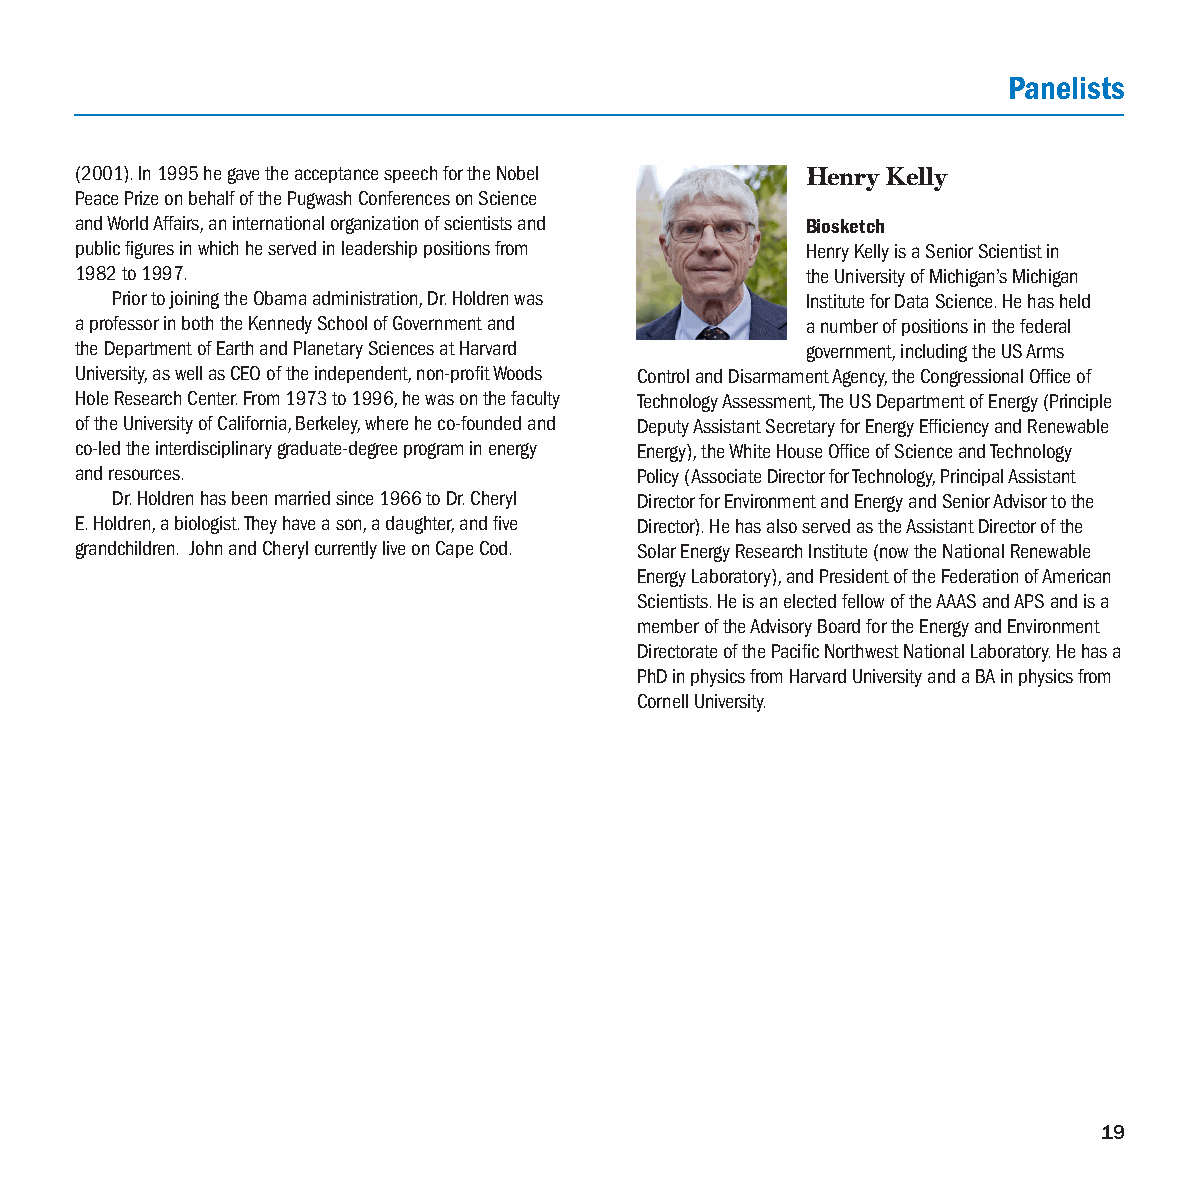
Panelists
 (2001). In 1995 he gave the acceptance speech for the Nobel Henry Kelly
 Peace Prize on behalf of the Pugwash Conferences on Science
 and World Affairs, an international organization of scientists and Biosketch
 public figures in which he served in leadership positions from Henry Kelly is a Senior Scientist in
 1982 to 1997.                                   the University of Michigan’s Michigan
 Prior to joining the Obama administration, Dr. Holdren was Institute for Data Science. He has held
 a professor in both the Kennedy School of Government and a number of positions in the federal
 the Department of Earth and Planetary Sciences at Harvard government, including the US Arms
 University, as well as CEO of the independent, non-profit Woods Control and Disarmament Agency, the Congressional Office of
 Hole Research Center. From 1973 to 1996, he was on the faculty Technology Assessment, The US Department of Energy (Principle
 of the University of California, Berkeley, where he co-founded and Deputy Assistant Secretary for Energy Efficiency and Renewable
 co-led the interdisciplinary graduate-degree program in energy Energy), the White House Office of Science and Technology
 and resources.                       Policy (Associate Director for Technology, Principal Assistant
 Dr. Holdren has been married since 1966 to Dr. Cheryl Director for Environment and Energy and Senior Advisor to the
 E. Holdren, a biologist. They have a son, a daughter, and five Director). He has also served as the Assistant Director of the
 grandchildren. John and Cheryl currently live on Cape Cod. Solar Energy Research Institute (now the National Renewable
 Energy Laboratory), and President of the Federation of American
 Scientists. He is an elected fellow of the AAAS and APS and is a
 member of the Advisory Board for the Energy and Environment
 Directorate of the Pacific Northwest National Laboratory. He has a
 PhD in physics from Harvard University and a BA in physics from
 Cornell University.
 19